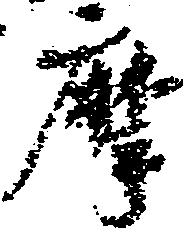
摩